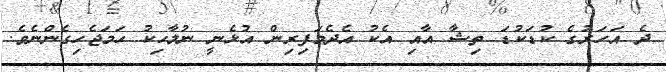
ދެ އަހަރުގެ ކުޑަކުޑަ ތިޝާ އާއި އެކު އެދެމަފިރިން އުޅެނީ ނުލާހިކު ހަމަޖެހިގެންނެވެ.